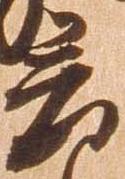
意